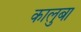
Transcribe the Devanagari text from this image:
कालुबा